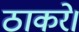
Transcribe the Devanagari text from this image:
ठाकरे।